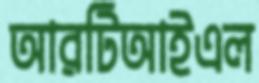
আরটিআইএল